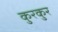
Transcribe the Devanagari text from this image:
कुरकुर